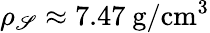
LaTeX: \rho_{\mathscr{S}}\approx7.47~\mathrm{{g/cm^{3}}}